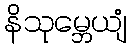
နိသုမ္ဘေယျံ